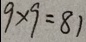
9 \times 9 = 8 1